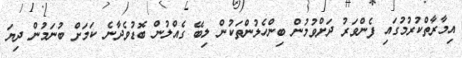
އިމާރާތްކުރުމުގައި ފެންވަރު ދަށްވުމުން ބިންހެލުންތަކުން ލިބޭ ގެއްލުން ބޮޑުވެދާނެ ކަމަށް ބުނަމުން ދިޔަ